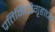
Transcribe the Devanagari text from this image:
प्रतिनिधीगृहाच्या